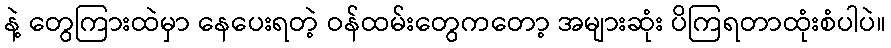
နဲ့ တွေကြားထဲမှာ နေပေးရတဲ့ ဝန်ထမ်းတွေကတော့ အများဆုံး ပိကြရတာထုံးစံပါပဲ။